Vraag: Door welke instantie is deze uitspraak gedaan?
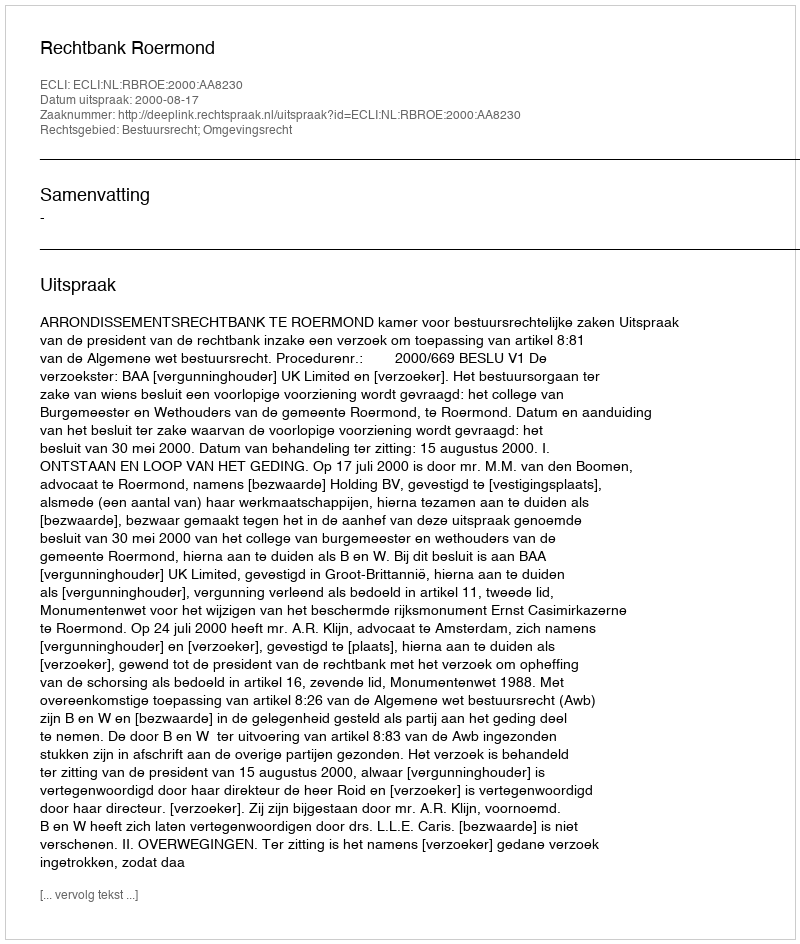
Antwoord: Rechtbank Roermond